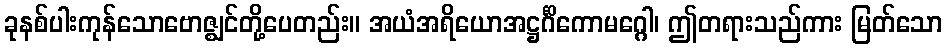
ခုနစ်ပါးကုန်သောဗောဇ္ဈင်တို့ပေတည်း။ အယံအရိယောအဋ္ဌင်္ဂိကောမဂ္ဂေါ၊ ဤတရားသည်ကား မြတ်သော